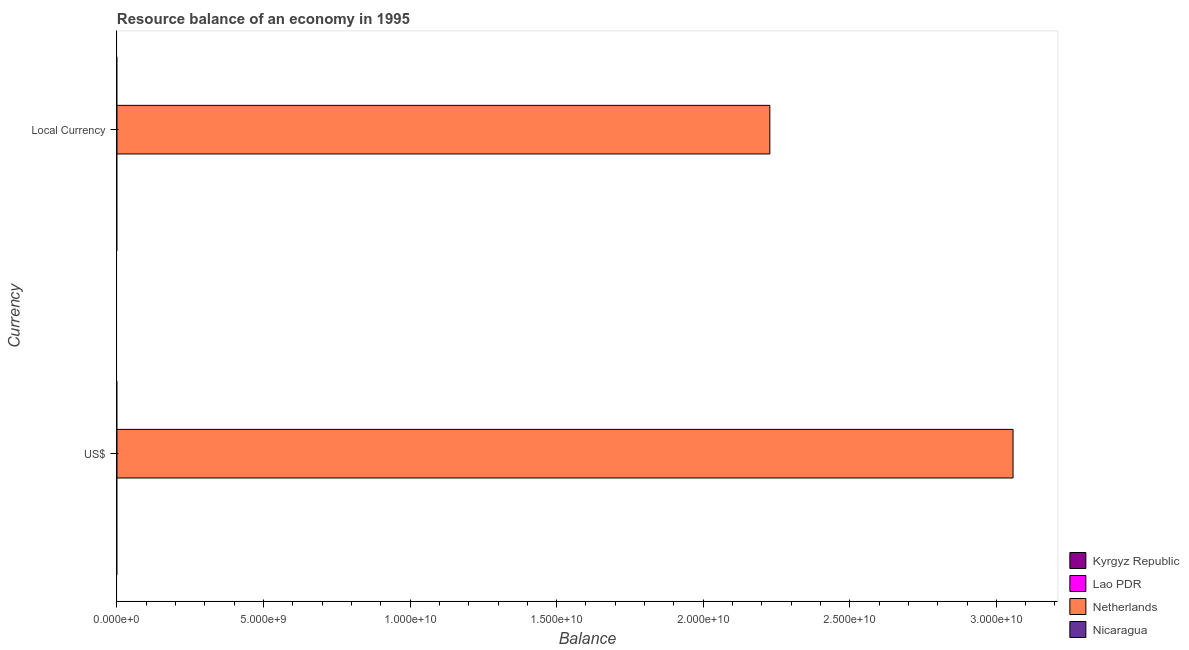
| Currency | Kyrgyz Republic | Lao PDR | Netherlands | Nicaragua |
 | --- | --- | --- | --- | --- |
 | US$ | -2.14e+08 | -2.49e+08 | 3.06e+10 | -4.91e+08 |
 | Local Currency | -2.08e+09 | -2e+11 | 2.23e+10 | -3.69e+09 |